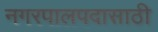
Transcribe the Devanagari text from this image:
नगरपालपदासाठी